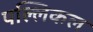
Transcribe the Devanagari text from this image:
पल्लिकल